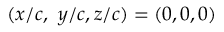
( x / c , \ y / c , z / c ) = ( 0 , 0 , 0 )